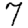
Digit: 7